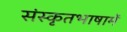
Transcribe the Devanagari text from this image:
संस्कृतभाषामें